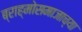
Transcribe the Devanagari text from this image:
ब्राह्मोसमाजाच्या